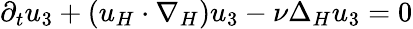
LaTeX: \partial_{t}u_{3}+(u_{H}\cdot\nabla_{H})u_{3}-\nu\Delta_{H}u_{3}=0